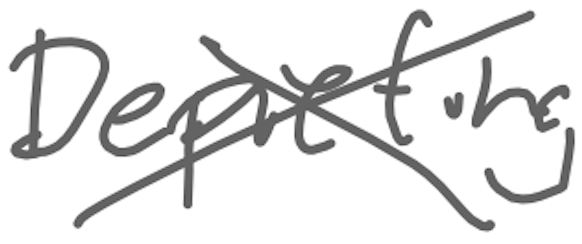
Text: Depicting
Cross-out: cross
Writing tool: digital_gray